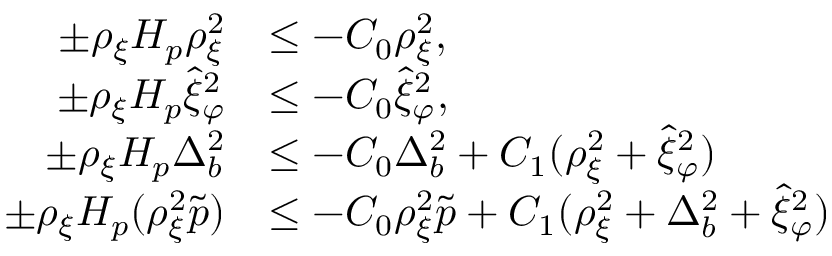
\begin{array} { r l } { \pm \rho _ { \xi } H _ { p } \rho _ { \xi } ^ { 2 } } & { \leq - C _ { 0 } \rho _ { \xi } ^ { 2 } , } \\ { \pm \rho _ { \xi } H _ { p } \hat { \xi } _ { \varphi } ^ { 2 } } & { \leq - C _ { 0 } \hat { \xi } _ { \varphi } ^ { 2 } , } \\ { \pm \rho _ { \xi } H _ { p } \Delta _ { b } ^ { 2 } } & { \leq - C _ { 0 } \Delta _ { b } ^ { 2 } + C _ { 1 } ( \rho _ { \xi } ^ { 2 } + \hat { \xi } _ { \varphi } ^ { 2 } ) } \\ { \pm \rho _ { \xi } H _ { p } ( \rho _ { \xi } ^ { 2 } \tilde { p } ) } & { \leq - C _ { 0 } \rho _ { \xi } ^ { 2 } \tilde { p } + C _ { 1 } ( \rho _ { \xi } ^ { 2 } + \Delta _ { b } ^ { 2 } + \hat { \xi } _ { \varphi } ^ { 2 } ) } \end{array}